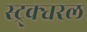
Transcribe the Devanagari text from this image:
स्ट्र्क्चरल